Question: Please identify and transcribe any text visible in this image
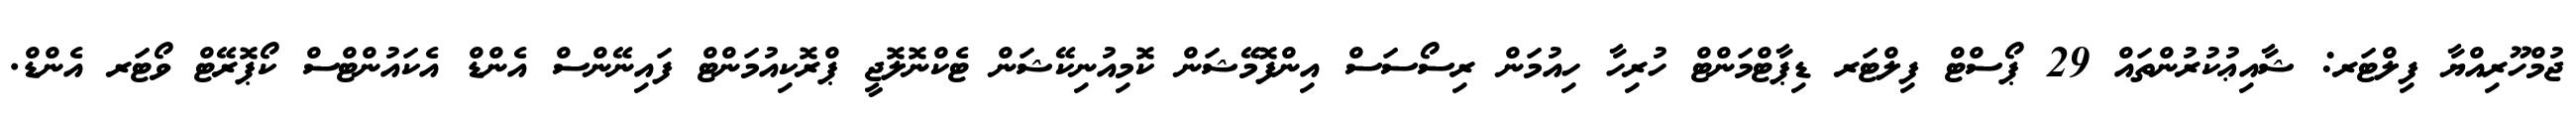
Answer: ޖުމްހޫރިއްޔާ ފިލްޓަރ: ޝާއިޢުކުރުންތައް 29 ޕޯސްޓް ފިލްޓަރ ޑިޕާޓްމަންޓް ހުރިހާ ހިއުމަން ރިސޯސަސް އިންފޮމޭޝަން ކޮމިއުނިކޭޝަން ޓެކްނޮލޮޖީ ޕްރޮކިއުމަންޓް ފައިނޭންސް އެންޑް އެކައުންޓްސް ކޯޕޮރޭޓް ވޯޓަރ އެންޑް.